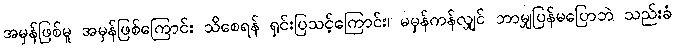
အမှန်ဖြစ်မူ အမှန်ဖြစ်ကြောင်း သိစေရန် ရှင်းပြသင့်ကြောင်း၊ မမှန်ကန်လျှင် ဘာမျှပြန်မပြောဘဲ သည်းခံ